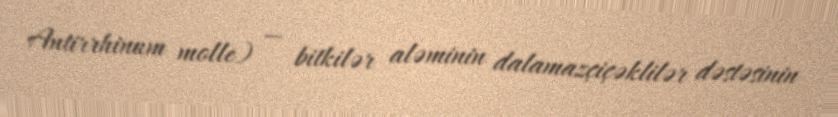
Antirrhinum molle) — bitkilər aləminin dalamazçiçəklilər dəstəsinin